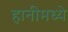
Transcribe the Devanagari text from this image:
हानीमध्ये